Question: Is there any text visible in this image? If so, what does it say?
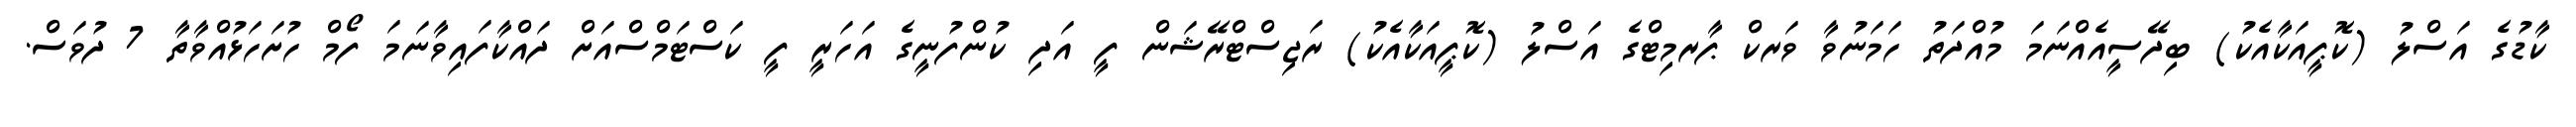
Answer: ކާޑުގެ އަސްލު (ކޮޕީއަކާއެކު) ބިދޭސީއެއްނަމަ މުއްދަތު ހަމަނުވާ ވަރކް ޕާރމިޓްގެ އަސްލު (ކޮޕީއަކާއެކު) ރަޖިސްޓްރޭޝަން ފީ އަދި ކުންފުނީގެ އަހަރީ ފީ ކަސްޓަމްސްއަށް ދައްކާފައިވާނަމަ ފޯމް ހުށަހަޅުއްވާތާ 7 ދުވަސް.